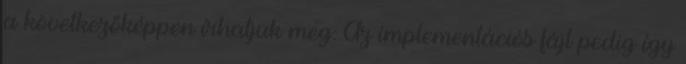
a következőképpen írhatjuk meg: Az implementációs fájl pedig így